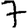
Digit: 7